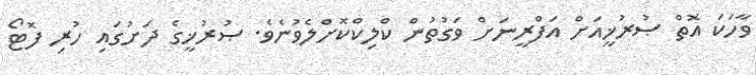
ވާހަކަ އޮތް ޞުރުޚީއަށް އަފްރީނަށް ވަގުތުން ކްލިކްކޮށްލެވުނެވެ. ޞުރުޚީގެ ދަށުގައި ހުރި ފޮޓޯ